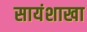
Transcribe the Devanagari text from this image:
सायंशाखा